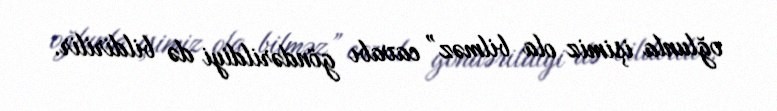
oğlunla işimiz ola bilməz” cavabı göndərildiyi də bildirilir.